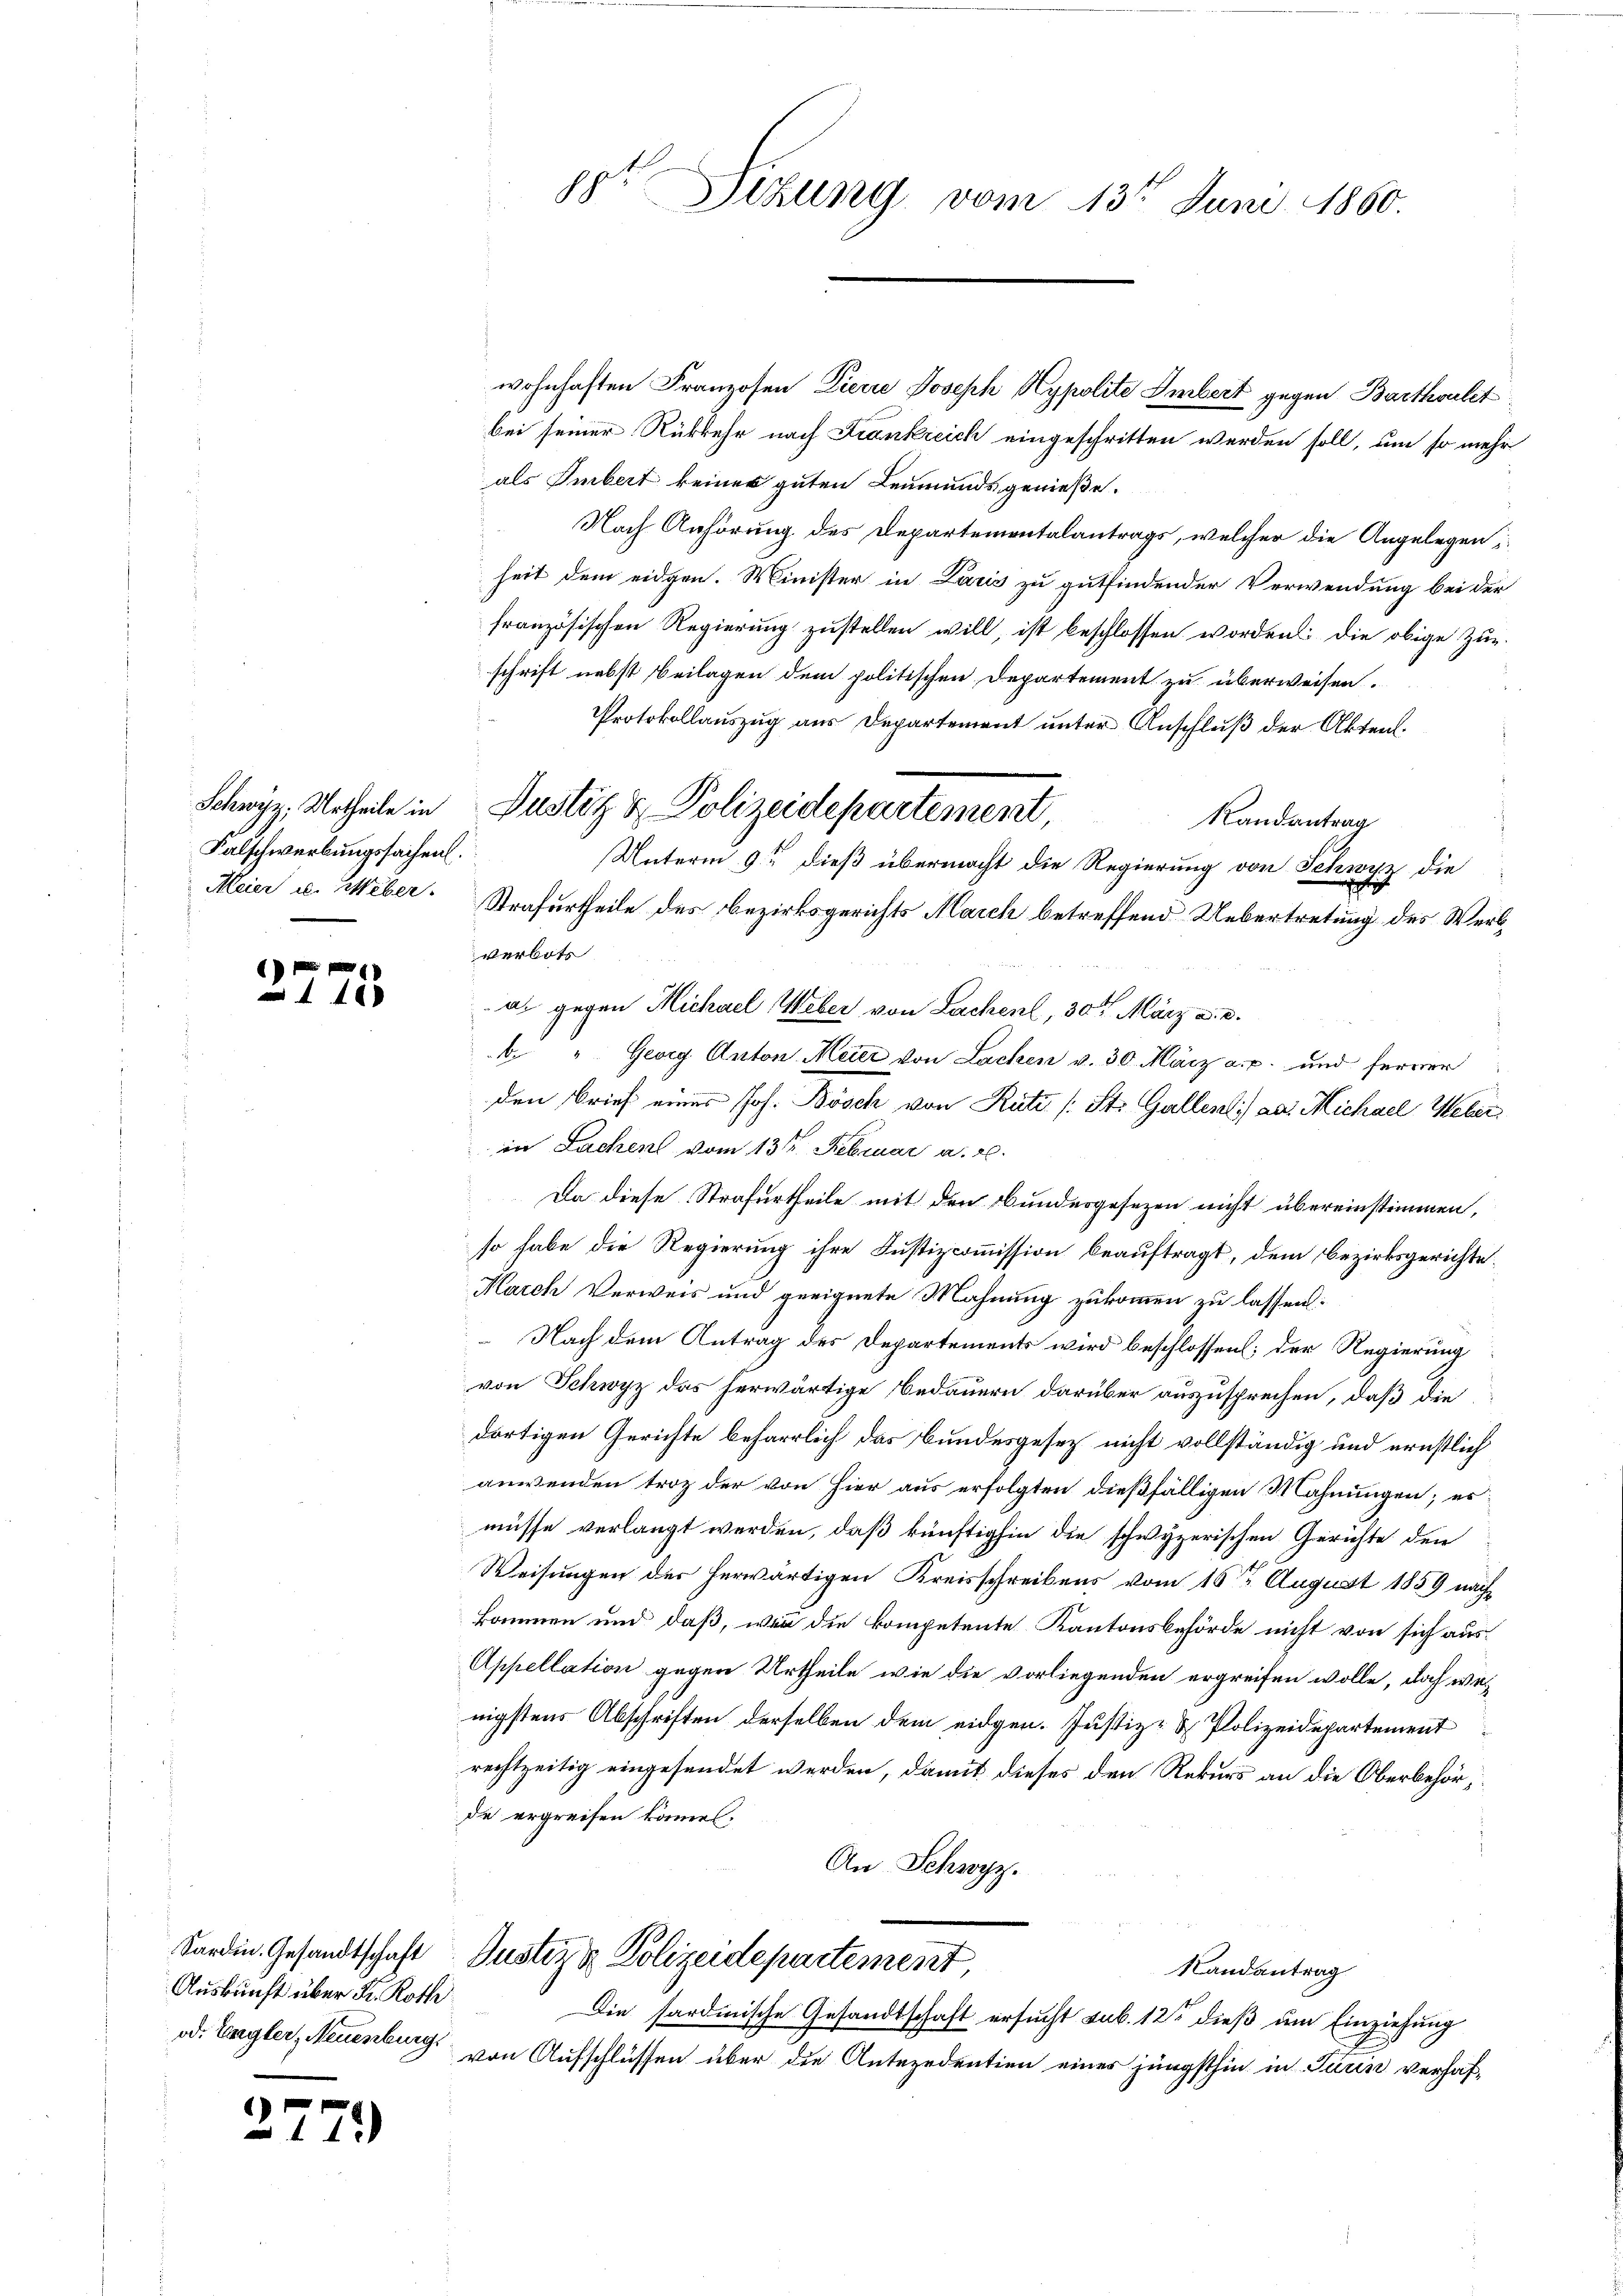
Falschwerbungssachen.
Meier u. Weber.

n

40

Sardin. Gesandtschaft
Auskunft über K. Roth

7

)

88te Sitzung vom 13t Juni 1860.

wohnhaften Franzosen Dierre Joseph Hypolite Embert gegen Barthoulet
bei seiner Rükkehr nach Krankreich eingeschritten werden soll, um so mehr
als Imbert keiner guten Leumunds genieße.
Nach Anhörung des Departementalantrags, welcher die Angelegen
heit dem eidgen. Minister in Paris zu gutfindender Verwendung bei der
französischen Regierung zustellen will, ist beschlossen worden: die obige Zug-
schrift nebst Beilagen dem politischen Departement zu überweisen.
Protokollauszug aus Departement unter Anschluß der Akten.
Randantrag
Unterm 9ten dieß übermacht die Regierung von Schwyz die
Strafurtheile des Bezirksgerichts March betreffend Uebertretung des Werkverbots
a. gegen Michael Weber von Lachenl, 30t März a. c.
b. " Georg Anton Meier von Lachen v. 30. März a. p. und ferner
den Brief eines Joh. Bösch von Rüti /: St. Gallenti an: Michael Weber
in Sachen vom 13ten Februar a. c.
Da diese Strafurtheile mit den Bundesgesezen nicht übereinstimmen,
so habe die Regierung ihre Justizcommission beauftragt, dem Bezirksgerichte¬
March Verweis und geeignete Mahnung zukommen zu lassen:
 Nach dem Antrag des Departements wird beschlossen; der Regierung
von Schwyz das herwärtige Bedauern darüber auszusprechen, daß die
dortigen Gerichte beharrlich das Bundesgesetz nicht vollständig und ernstlich
anwenden trotz der von Hier aus erfolgten dießfälligen Mahnungen; es
müsse verlangt werden, daß künftighin die schwyzerischen Gerichte den
Weisungen des herwärtigen Kreisschreibens vom 16ten August 1859 näch
kommen und daß, wenn die kompetente Kantonsbehörde nicht von sich aus¬
Appellation gegen Urtheile wie die vorliegenden ergreifen wolle, doch weinigstens Abschriften derselben dem eidgen. Justiz- & Polizeidepartement
rechtzeitig eingesendet werden, damit dieses den Rekurs an die Oberbehörde ergreifen können.
An Schwyz.
Justiz & Polizeidepartement,
Randantrag
Die sardinische Gesandtschaft ersucht sub. 12 dieß um Einziehung
od. Engler, Neuenburg von Aufschlüssen über die Antezedentien eines jüngsthin in Turin verhaf¬

Schwyz, Urtheile in Justiz & Polizeidepartement,